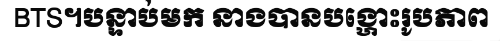
BTS។បន្ទាប់មក នាងបានបង្ហោះរូបភាព